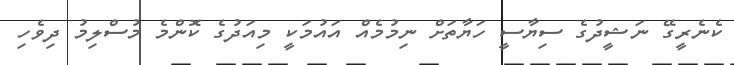
ކެނެރީގޭ ނަޝީދުގެ ސިޔާސީ ހަޔާތަށް ނިމުމެއް އައުމަކީ މިއަދުގެ ކޮންމެ މުސްލިމު ދިވެހި